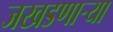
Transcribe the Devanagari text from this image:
जखडणाऱ्या